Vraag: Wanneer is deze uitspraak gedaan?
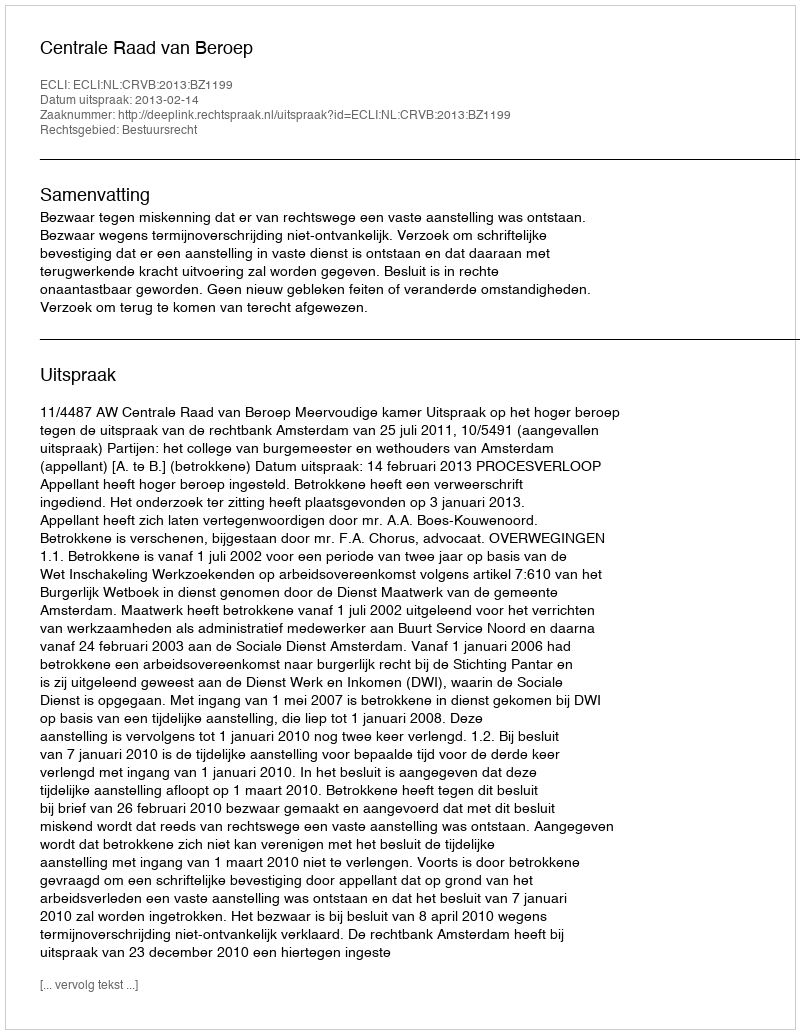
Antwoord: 2013-02-14